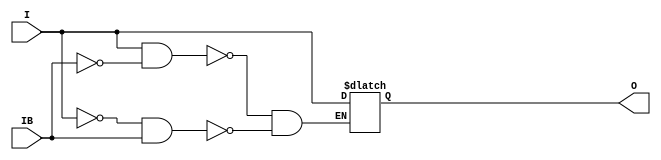
// $Header: /devl/xcs/repo/env/Databases/CAEInterfaces/verunilibs/s/IBUFDS_LVDS_33.v,v 1.8.22.1 2003/11/18 20:41:34 wloo Exp $

/*

FUNCTION	: INPUT BUFFER

*/

`timescale  100 ps / 10 ps


module IBUFDS_LVDS_33 (O, I, IB);

    output O;

    input  I, IB;

    reg o_out;

    buf b_0 (O, o_out);

    always @(I or IB) begin
	if (I == 1'b1 && IB == 1'b0)
	    o_out <= I;
	else if (I == 1'b0 && IB == 1'b1)
	    o_out <= I;
    end

    specify
	(I *> O) = (0, 0);
    endspecify

endmodule